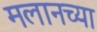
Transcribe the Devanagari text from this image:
मलानच्या